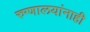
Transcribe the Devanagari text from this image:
रुग्णालयांनाही